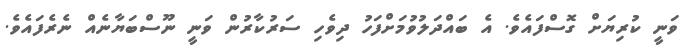
ވަނީ ކުރިޔަށް ގޮސްފައެވެ. އެ ބައްދަލުވުމަށްފަހު ދިވެހި ސަރުކާރުން ވަނީ ނޫސްބަޔާނެއް ނެރެފައެވެ.